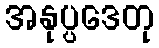
အနုပ္ပဒေတု